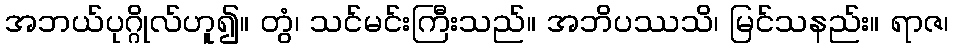
အဘယ်ပုဂ္ဂိုလ်ဟူ၍။ တွံ၊ သင်မင်းကြီးသည်။ အဘိပဿသိ၊ မြင်သနည်း။ ရာဇ၊